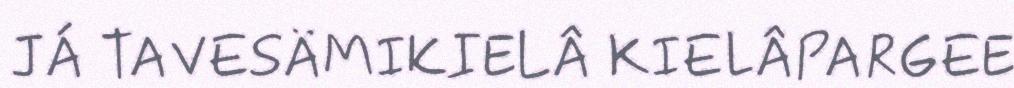
JÁ TAVESÄMIKIELÂ KIELÂPARGEE